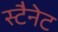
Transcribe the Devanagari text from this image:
स्टैनेट